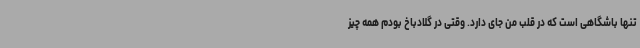
تنها باشگاهی است که در قلب من جای دارد. وقتی در گلادباخ بودم همه چیز